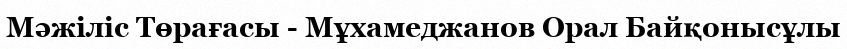
Мәжіліс Төрағасы - Мұхамеджанов Орал Байқонысұлы